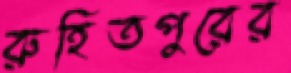
রুহিতপুরের